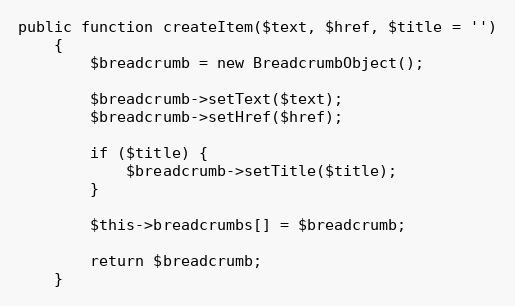
Language: PHP
public function createItem($text, $href, $title = '')
    {
        $breadcrumb = new BreadcrumbObject();

        $breadcrumb->setText($text);
        $breadcrumb->setHref($href);

        if ($title) {
            $breadcrumb->setTitle($title);
        }

        $this->breadcrumbs[] = $breadcrumb;

        return $breadcrumb;
    }